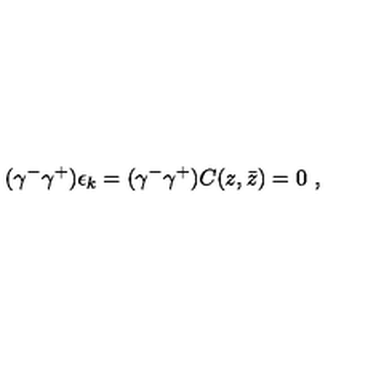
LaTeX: ( \gamma ^ { - } \gamma ^ { + } ) \epsilon _ { k } = ( \gamma ^ { - } \gamma ^ { + } ) C ( z , \bar { z } ) = 0 \ ,